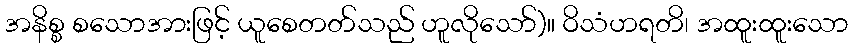
အနိစ္စ စသောအားဖြင့် ယူစေတတ်သည် ဟူလိုသော်)။ ဝိသံဟရတိ၊ အထူးထူးသော